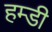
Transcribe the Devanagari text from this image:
हम्डी